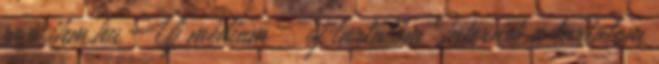
www.ihm.hu Új médium – új tartalom Internet a tartalom